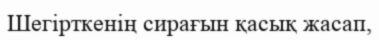
Шегiрткенiң сирағын қасық жасап,